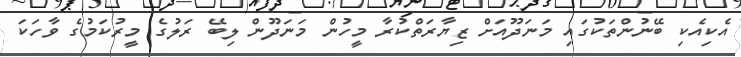
އެކިއެކި ބޭނުންތަކުގައި މަނަދޫއަށް ޒިޔާރަތްކުރާ މީހުން މަނަދޫން ލިބޭ ރަލުގެ މީރުކަމުގެ ވާހަކަ